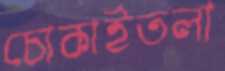
চোকাইতলা